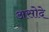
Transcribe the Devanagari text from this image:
असोदे